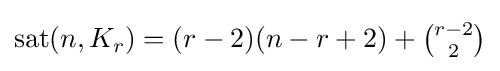
{\textstyle \operatorname {sat} (n,K_{r})=(r-2)(n-r+2)+{\binom {r-2}{2}}}